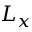
L _ { x }